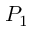
P _ { 1 }